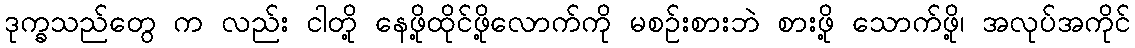
ဒုက္ခသည်တွေ က လည်း ငါတို့ နေဖို့ထိုင်ဖို့လောက်ကို မစဉ်းစားဘဲ စားဖို့ သောက်ဖို့၊ အလုပ်အကိုင်